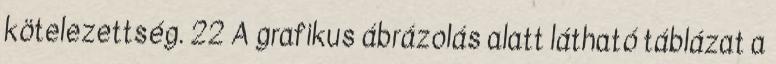
kötelezettség. 22 A grafikus ábrázolás alatt látható táblázat a